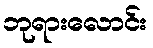
ဘုရားလောင်း